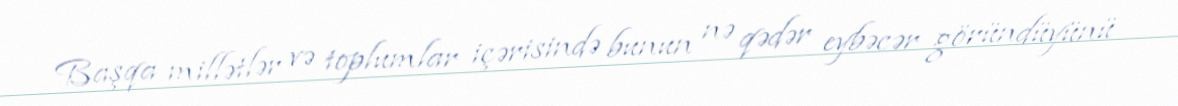
Başqa millətlər və toplumlar içərisində bunun nə qədər eybəcər göründüyünü